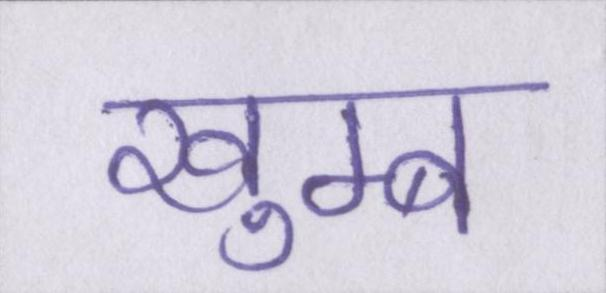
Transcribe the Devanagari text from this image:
खुम्ब